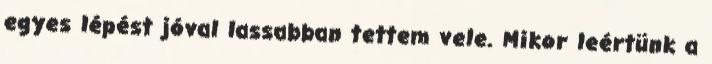
egyes lépést jóval lassabban tettem vele. Mikor leértünk a